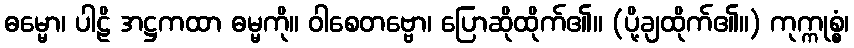
ဓမ္မော၊ ပါဠိ အဋ္ဌကထာ ဓမ္မကို။ ဝါစေတဗ္ဗော၊ ပြောဆိုထိုက်၏။ (ပို့ချထိုက်၏။) ကုက္ကုစ္စံ၊